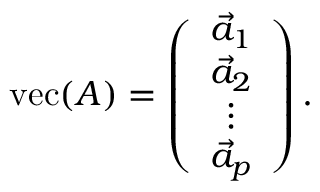
\operatorname { v e c } ( A ) = \left( \begin{array} { c } { \vec { a } _ { 1 } } \\ { \vec { a } _ { 2 } } \\ { \vdots } \\ { \vec { a } _ { p } } \end{array} \right) .